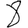
Digit: 8